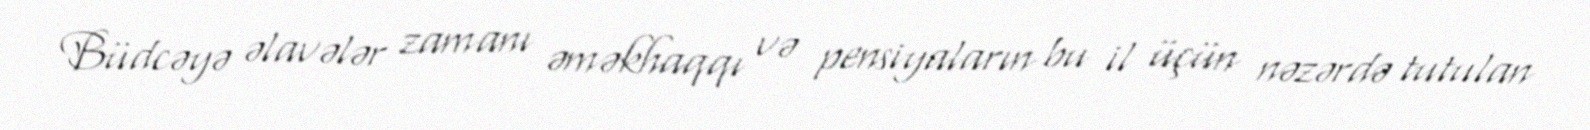
Büdcəyə əlavələr zamanı əməkhaqqı və pensiyaların bu il üçün nəzərdə tutulan